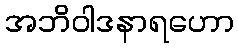
အဘိဝါဒနာရဟော